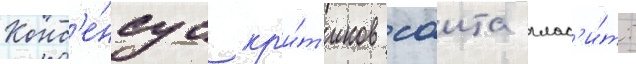
Конс'е́нсус кр'и́т'иков саита глас'и́т: